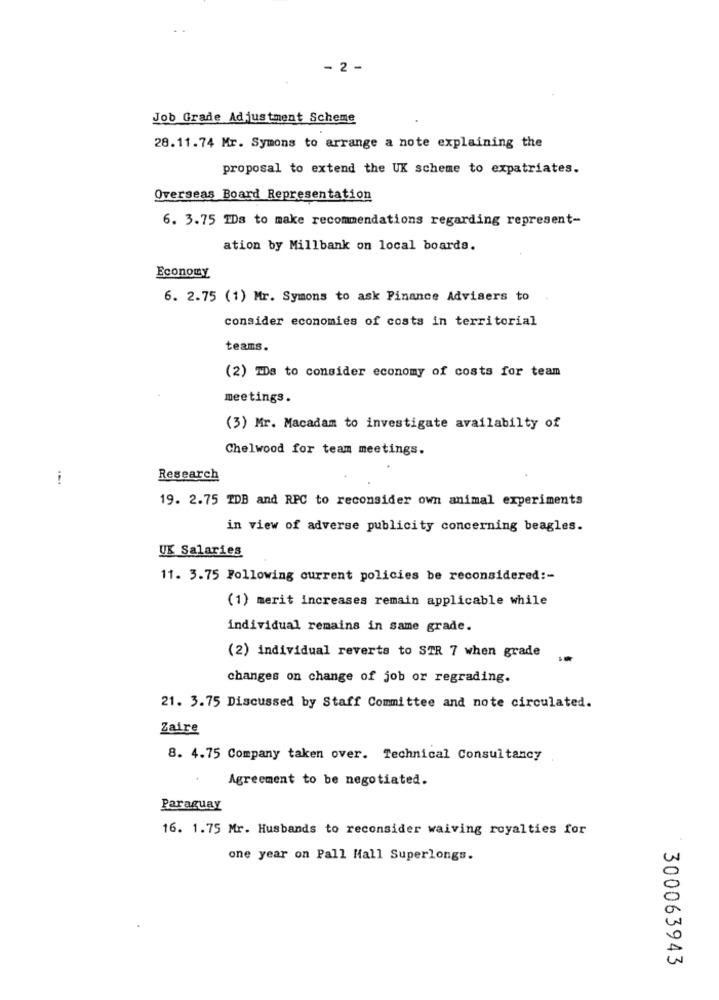
- 2 -
Job Grade Adjustment Scheme
28.11.74 Mr. Symons to arrange a note explaining the
proposal to extend the UK scheme to expatriates.
Overseas Board Representation
6. 3.75 IDs to make recommendations regarding represent-
ation by Millbank on local boards.
Economy
6. 2.75 (1) Mr. Symons to ask Finance Advisers to
consider economies of costs in territorial
teams.
(2) TDs to consider economy of costs for team
meetings.
(3) Mr. Macadam to investigate availabilty of
Chelwood for team meetings.
Research
19. 2.75 TDB and RPC to reconsider own animal experiments
in view of adverse publicity concerning beagles.
UK Salaries
11. 3.75 Following current policies be reconsidered :-
(1) merit increases remain applicable while
individual remains in same grade.
(2) individual reverts to STR 7 when grade
..
changes on change of job or regrading.
21. 3.75 Discussed by Staff Committee and note circulated.
Zaire
8. 4.75 Company taken over. Technical Consultancy
Agreement to be negotiated.
Paraguay
16. 1.75 Mr. Husbands to reconsider waiving royalties for
one year on Pall Mall Superlongs.
300063943